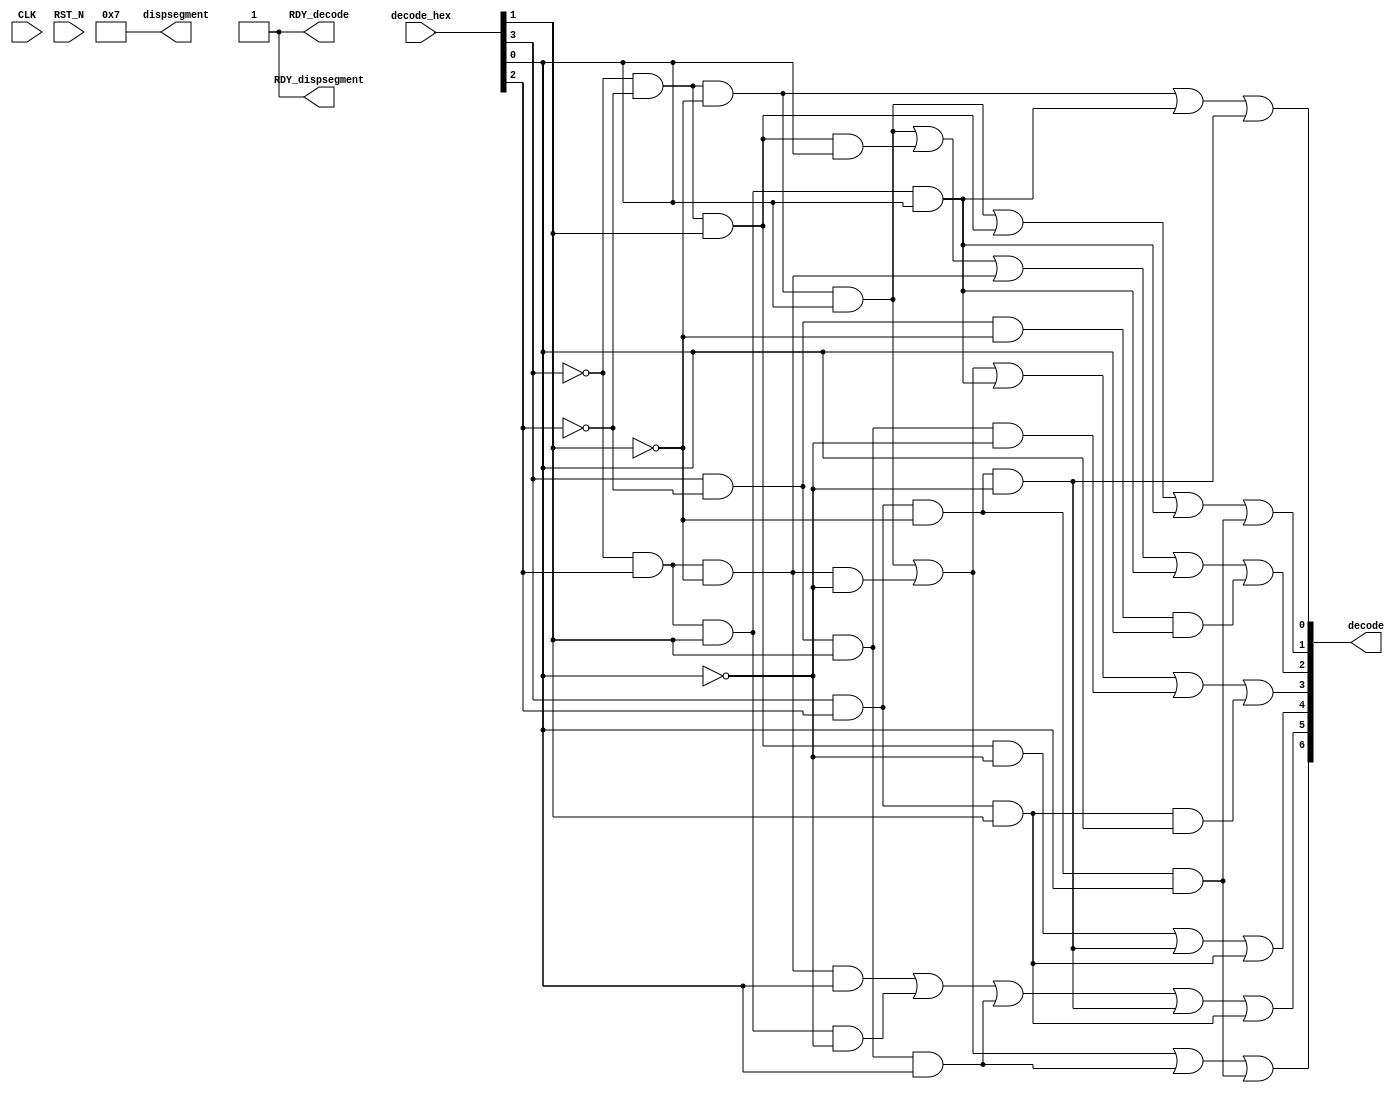
//
// Generated by Bluespec Compiler, version 2011.06.D (build 24470, 2011-06-30)
//
// On Sat Sep 24 01:38:39 IST 2011
//
// Method conflict info:
// Method: decode
// Conflict-free: decode, dispsegment
//
// Method: dispsegment
// Conflict-free: decode, dispsegment
//
//
// Ports:
// Name                         I/O  size props
// decode                         O     7
// RDY_decode                     O     1 const
// dispsegment                    O     4 const
// RDY_dispsegment                O     1 const
// CLK                            I     1 unused
// RST_N                          I     1 unused
// decode_hex                     I     4
//
// Combinational paths from inputs to outputs:
//   decode_hex -> decode
//
//

`ifdef BSV_ASSIGNMENT_DELAY
`else
`define BSV_ASSIGNMENT_DELAY
`endif

module mkh2s(CLK,
	     RST_N,

	     decode_hex,
	     decode,
	     RDY_decode,

	     dispsegment,
	     RDY_dispsegment);
  input  CLK;
  input  RST_N;

  // value method decode
  input  [3 : 0] decode_hex;
  output [6 : 0] decode;
  output RDY_decode;

  // value method dispsegment
  output [3 : 0] dispsegment;
  output RDY_dispsegment;

  // signals for module outputs
  wire [6 : 0] decode;
  wire [3 : 0] dispsegment;
  wire RDY_decode, RDY_dispsegment;

  // remaining internal signals
  wire [4 : 0] INV_decode_hex_BIT_3_AND_INV_decode_hex_BIT_2__ETC___d56;
  wire [2 : 0] INV_decode_hex_BIT_3_AND_INV_decode_hex_BIT_2__ETC___d55;
  wire x__h1135,
       x__h1137,
       x__h1446,
       x__h1448,
       x__h1450,
       x__h149,
       x__h1780,
       x__h1888,
       x__h2004,
       x__h2006,
       x__h2008,
       x__h2418,
       x__h2420,
       x__h2536,
       x__h2538,
       x__h2540,
       x__h2957,
       x__h2959,
       x__h2961,
       x__h3044,
       x__h3046,
       x__h3048,
       x__h3151,
       x__h3153,
       x__h606,
       x__h608,
       x__h610,
       x__h612,
       y__h1447,
       y__h1449,
       y__h1453,
       y__h2005,
       y__h2009,
       y__h2011,
       y__h2537,
       y__h2541,
       y__h2958,
       y__h2960,
       y__h2964,
       y__h3152,
       y__h3154,
       y__h611,
       y__h613;

  // value method decode
  assign decode =
	     { x__h149 | y__h2537,
	       x__h606 | x__h1888,
	       INV_decode_hex_BIT_3_AND_INV_decode_hex_BIT_2__ETC___d56 } ;
  assign RDY_decode = 1'd1 ;

  // value method dispsegment
  assign dispsegment = 4'b0111 ;
  assign RDY_dispsegment = 1'd1 ;

  // remaining internal signals
  assign INV_decode_hex_BIT_3_AND_INV_decode_hex_BIT_2__ETC___d55 =
	     { x__h2004 | y__h2005,
	       x__h2536 | y__h2537,
	       x__h2957 | y__h2958 } ;
  assign INV_decode_hex_BIT_3_AND_INV_decode_hex_BIT_2__ETC___d56 =
	     { x__h1135 | x__h1888,
	       x__h1446 | y__h1447,
	       INV_decode_hex_BIT_3_AND_INV_decode_hex_BIT_2__ETC___d55 } ;
  assign x__h1135 = x__h1137 | y__h2958 ;
  assign x__h1137 = y__h2541 & y__h3152 ;
  assign x__h1446 = x__h1448 | y__h1449 ;
  assign x__h1448 = x__h1450 | y__h2960 ;
  assign x__h1450 = x__h2540 | y__h1453 ;
  assign x__h149 = x__h1450 | y__h611 ;
  assign x__h1780 = x__h2420 & decode_hex[1] ;
  assign x__h1888 = x__h3153 & decode_hex[1] ;
  assign x__h2004 = x__h2006 | y__h2960 ;
  assign x__h2006 = x__h2008 | y__h2009 ;
  assign x__h2008 = x__h2540 | y__h2011 ;
  assign x__h2418 = x__h2420 & y__h3154 ;
  assign x__h2420 = decode_hex[3] & y__h2964 ;
  assign x__h2536 = x__h2538 | y__h2960 ;
  assign x__h2538 = x__h2540 | y__h2541 ;
  assign x__h2540 = x__h2959 & decode_hex[0] ;
  assign x__h2957 = x__h2959 | y__h2960 ;
  assign x__h2959 = x__h2961 & y__h3154 ;
  assign x__h2961 = x__h3048 & y__h2964 ;
  assign x__h3044 = x__h3046 & decode_hex[1] ;
  assign x__h3046 = x__h3048 & decode_hex[2] ;
  assign x__h3048 = ~decode_hex[3] ;
  assign x__h3151 = x__h3153 & y__h3154 ;
  assign x__h3153 = decode_hex[3] & decode_hex[2] ;
  assign x__h606 = x__h608 | y__h2958 ;
  assign x__h608 = x__h610 | y__h611 ;
  assign x__h610 = x__h612 | y__h613 ;
  assign x__h612 = y__h2009 & decode_hex[0] ;
  assign y__h1447 = x__h1888 & decode_hex[0] ;
  assign y__h1449 = x__h1780 & y__h3152 ;
  assign y__h1453 = y__h2009 & y__h3152 ;
  assign y__h2005 = x__h2418 & decode_hex[0] ;
  assign y__h2009 = x__h3046 & y__h3154 ;
  assign y__h2011 = y__h2541 & decode_hex[0] ;
  assign y__h2537 = x__h3151 & decode_hex[0] ;
  assign y__h2541 = x__h2961 & decode_hex[1] ;
  assign y__h2958 = x__h3151 & y__h3152 ;
  assign y__h2960 = x__h3044 & decode_hex[0] ;
  assign y__h2964 = ~decode_hex[2] ;
  assign y__h3152 = ~decode_hex[0] ;
  assign y__h3154 = ~decode_hex[1] ;
  assign y__h611 = x__h1780 & decode_hex[0] ;
  assign y__h613 = x__h3044 & y__h3152 ;
endmodule  // mkh2s